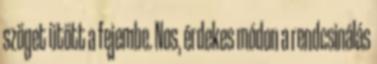
szöget ütött a fejembe. Nos, érdekes módon a rendcsinálás